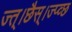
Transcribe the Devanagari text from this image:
ज्त्।छैस्।ज्प्व्छ